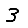
Digit: 3